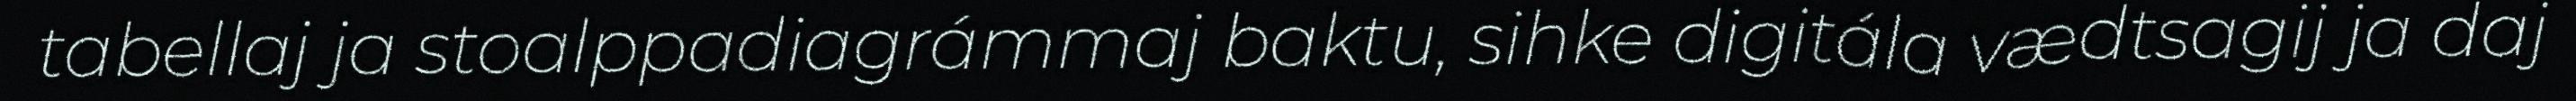
tabellaj ja stoalppadiagrámmaj baktu, sihke digitála vædtsagij ja daj